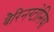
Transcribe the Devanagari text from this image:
बैरिनग्टोनिया